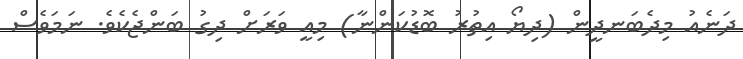
ދަނެއު މިދެބަނދީން (ދިޔޯ އިތުރު ބޮޑުކަންނާ) މިއީ ވަރަށް ދިގު ބަންޖެކެވެ. ނަމަވެސް